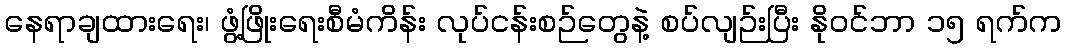
နေရာချထားရေး၊ ဖွံ့ဖြိုးရေးစီမံကိန်း လုပ်ငန်းစဉ်တွေနဲ့ စပ်လျဉ်းပြီး နိုဝင်ဘာ ၁၅ ရက်က